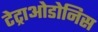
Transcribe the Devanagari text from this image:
टेट्राओडोनिस